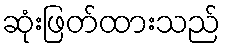
ဆုံးဖြတ်ထားသည်